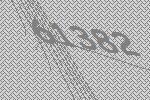
61382